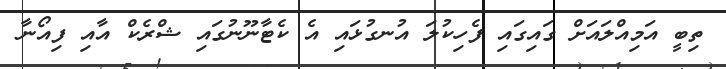
ތިބީ އަމިއްލައަށް ގައިގައި ފެހިކުލަ އުނގުޅައި އެ ކެޓާނޫނުގައި ޝްރެކް އާއި ފިއޯނާ